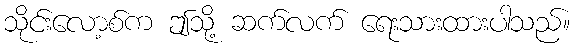
သိုင်းလော့စ်က ဤသို့ ဆက်လက် ရေးသားထားပါသည်။